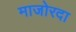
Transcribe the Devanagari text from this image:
माजोरदा